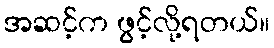
အဆင့်က ဖွင့်လို့ရတယ်။